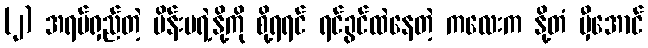
(၂) အရပ်ရှည်တဲ့ မိန်းမရဲ့နို့ကို စို့ရရင် ရင်ခွင်ထဲနေတဲ့ ကလေးက နို့တံ မှီအောင်